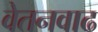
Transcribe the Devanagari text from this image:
वेतनवाढ